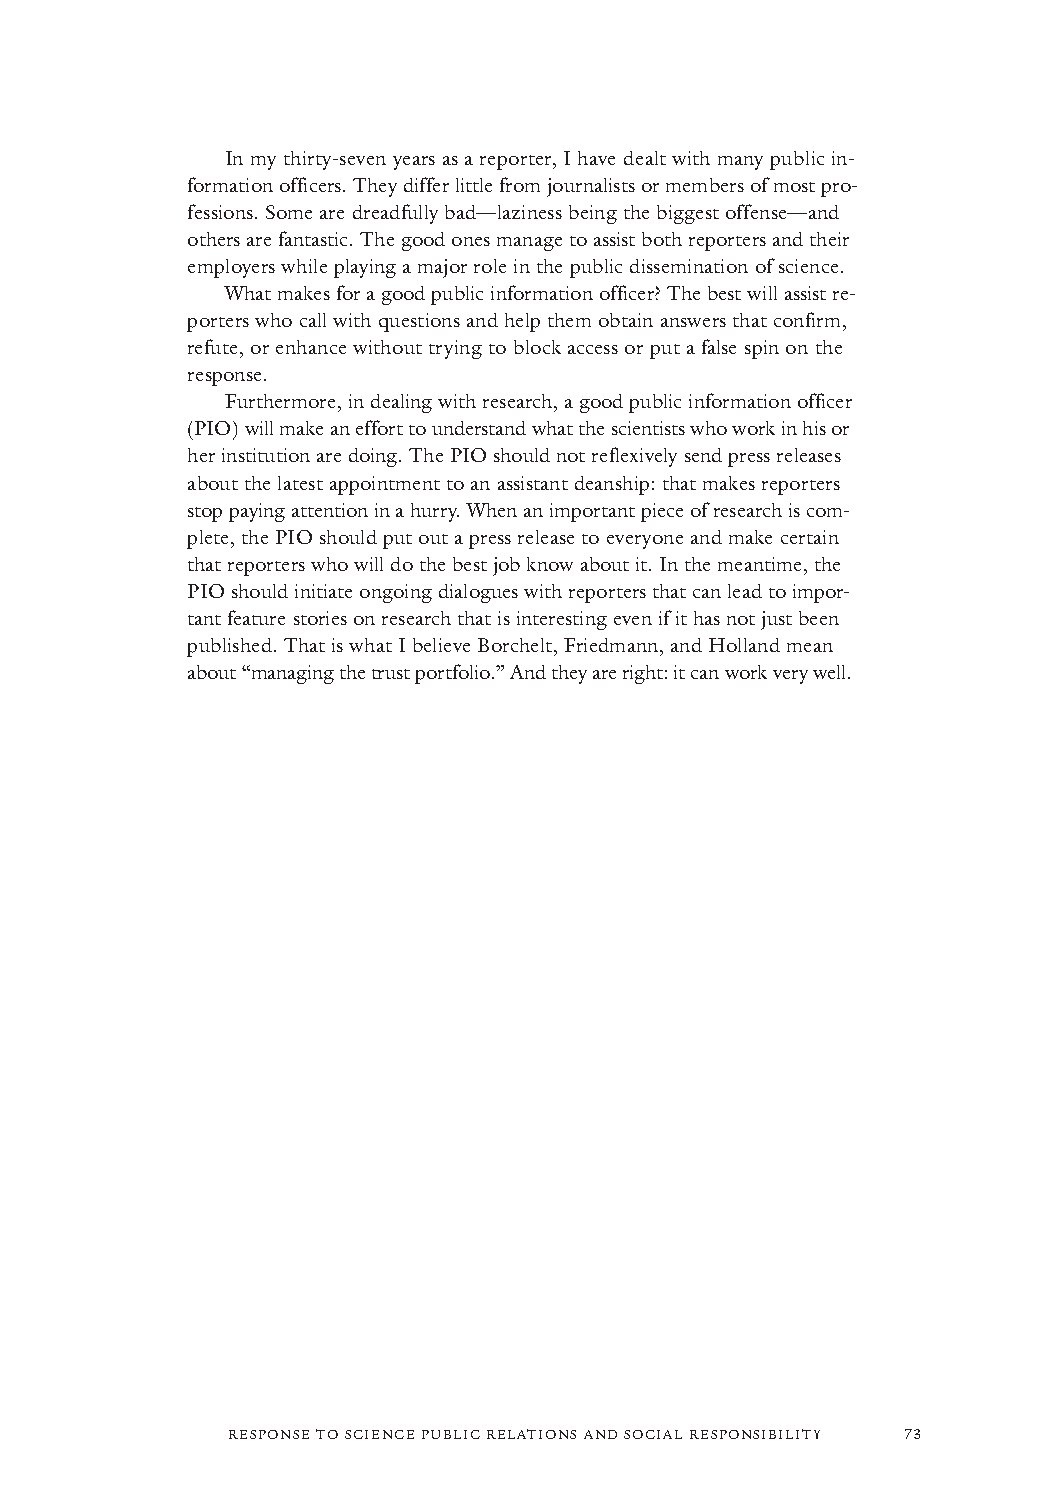
In my thirty-seven years as a reporter, I have dealt with many public in-
 formation officers. They differ little from journalists or members of most pro-
 fessions. Some are dreadfully bad—laziness being the biggest offense—and
 others are fantastic. The good ones manage to assist both reporters and their
 employers while playing a major role in the public dissemination of science.
 What makes for a good public information officer? The best will assist re-
 porters who call with questions and help them obtain answers that confirm,
 refute, or enhance without trying to block access or put a false spin on the
 response.
 Furthermore, in dealing with research, a good public information officer
 (PIO) will make an effort to understand what the scientists who work in his or
 her institution are doing. The PIO should not reflexively send press releases
 about the latest appointment to an assistant deanship: that makes reporters
 stop paying attention in a hurry. When an important piece of research is com-
 plete, the PIO should put out a press release to everyone and make certain
 that reporters who will do the best job know about it. In the meantime, the
 PIO should initiate ongoing dialogues with reporters that can lead to impor-
 tant feature stories on research that is interesting even if it has not just been
 published. That is what I believe Borchelt, Friedmann, and Holland mean
 about “managing the trust portfolio.” And they are right: it can work very well.
 RESPONSE TO SCIENCE PUBLIC RELATIONS AND SOCIAL RESPONSIBILITY 73